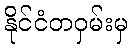
နိုင်ငံတဝှမ်းမှ